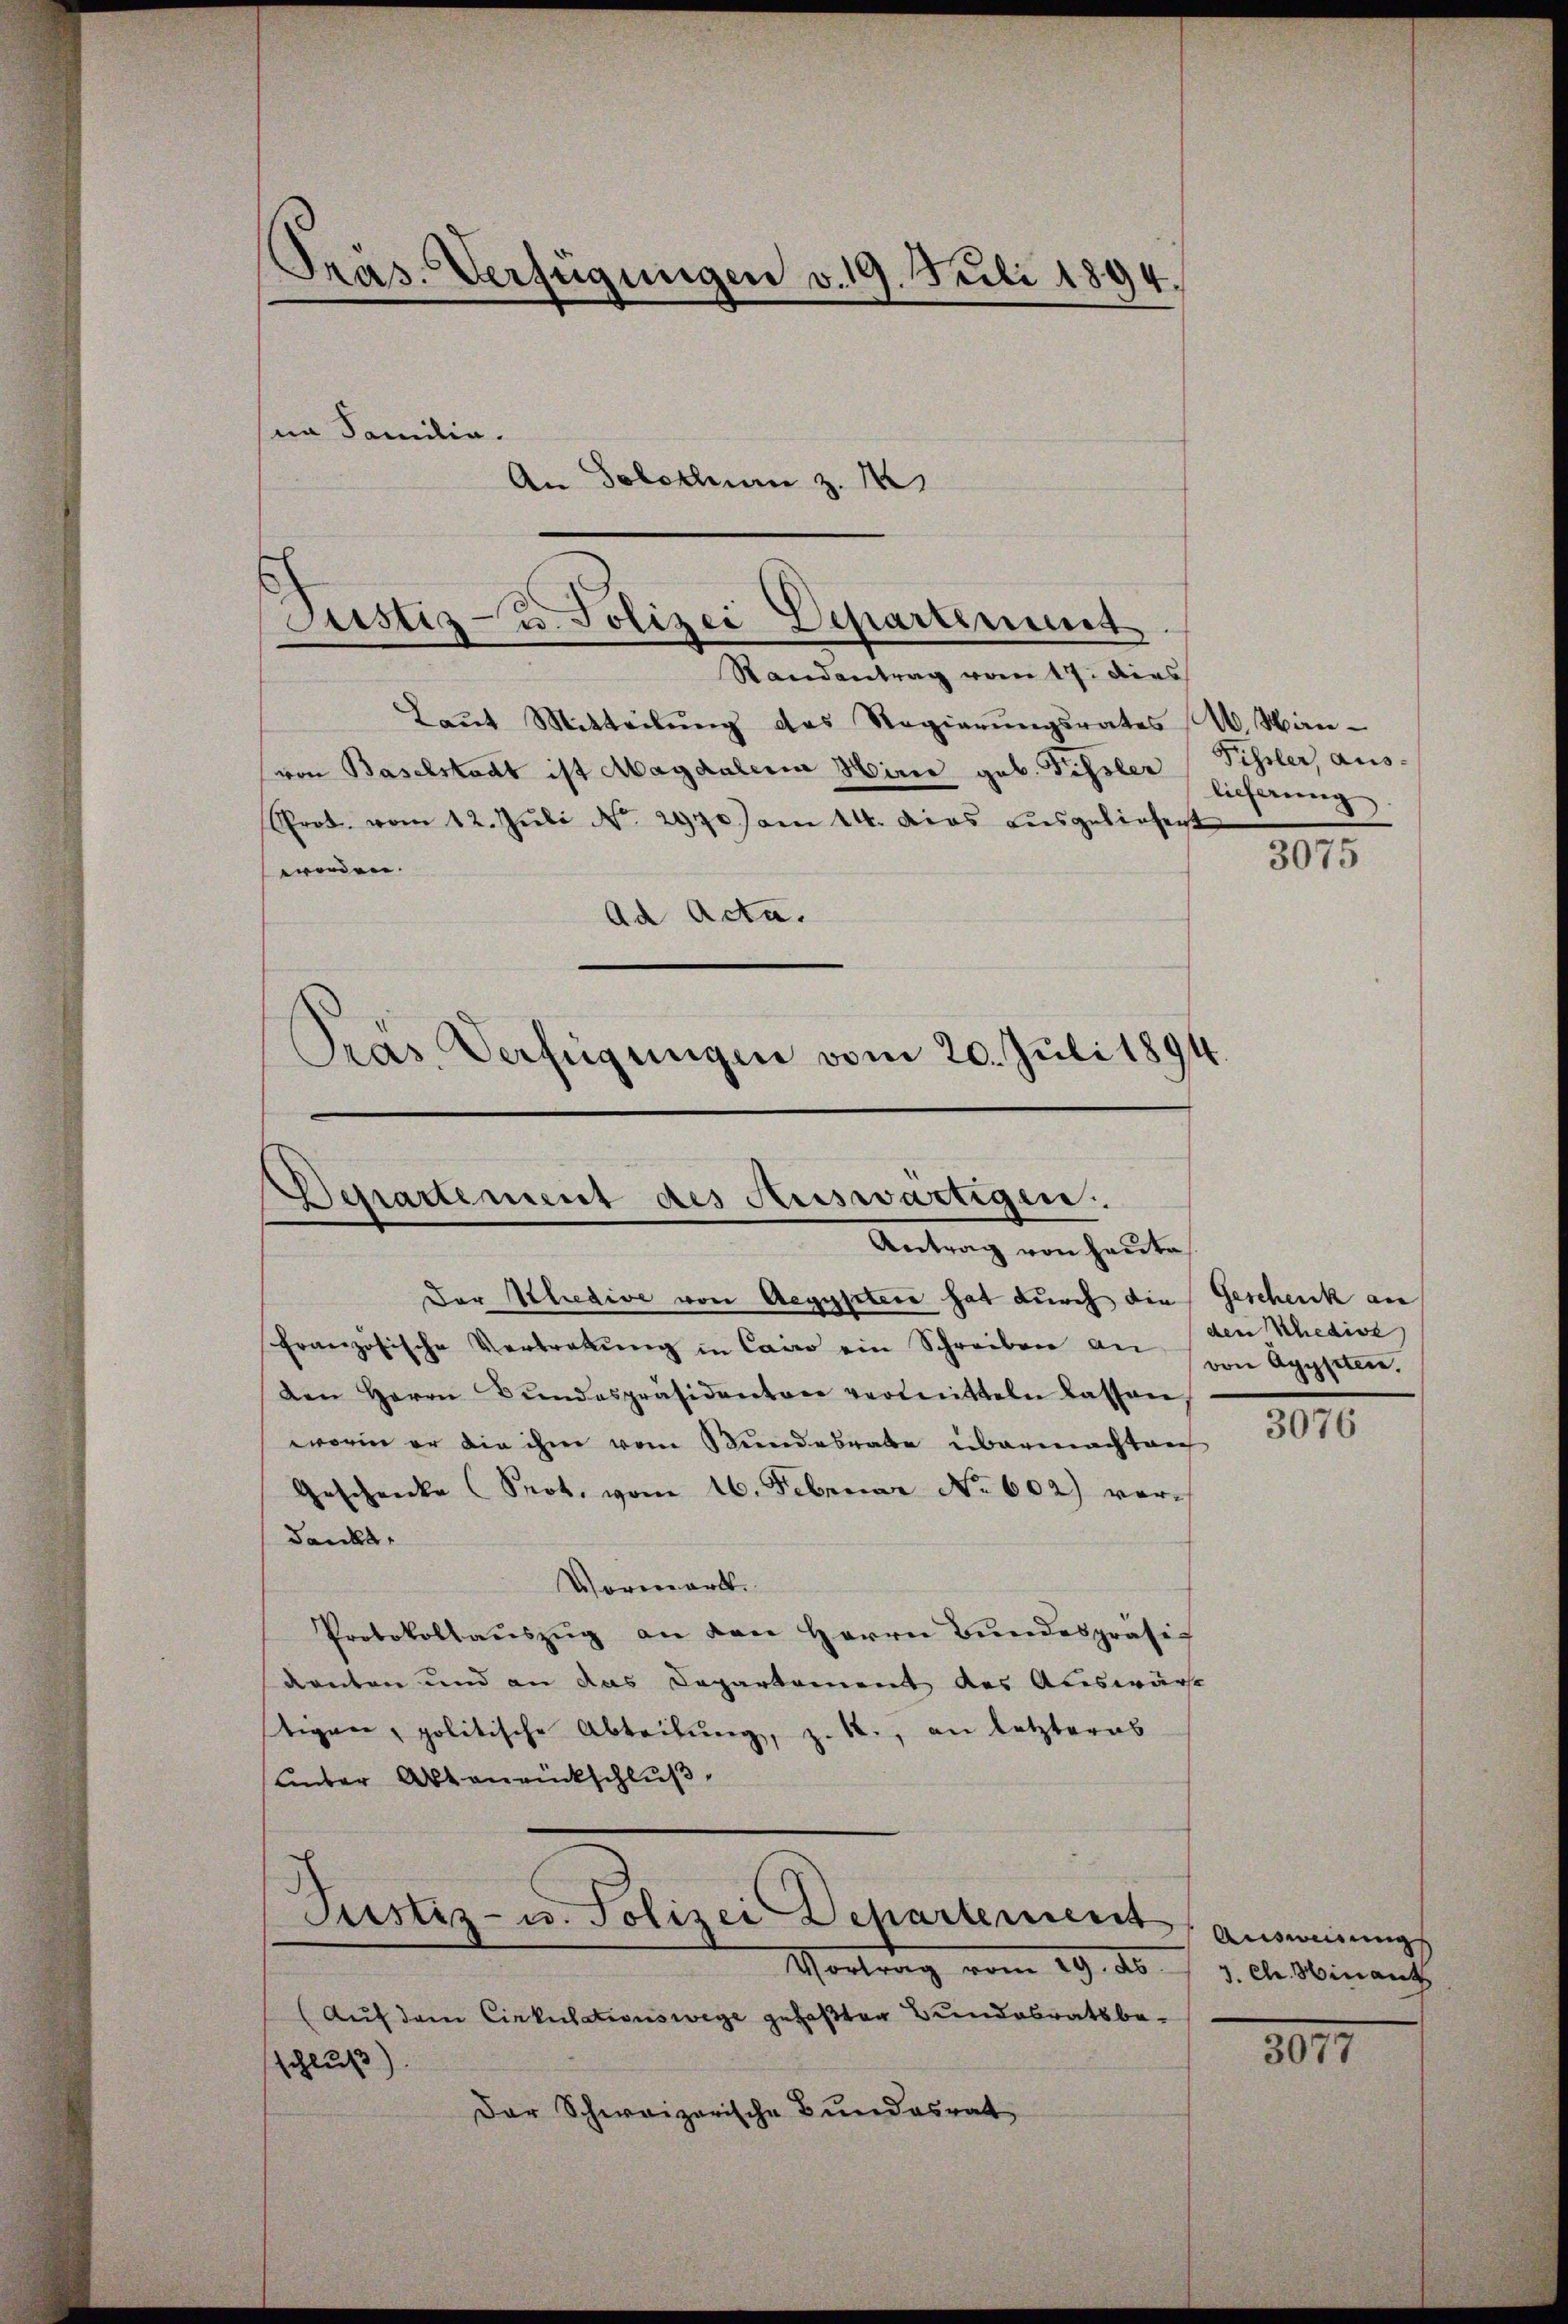
Präs. Verfügungen v. 19. Juli 1894.
sin Familia.

An Solothurn z. 14

Justiz- u. Polizei Departement

Randantrag vom 17. dies
Laŭt Mitteilŭng des Regierŭngsrates N. Man-
von Baselstadt ist Magdalena Hirie geb. Fissler
Prot. vom 12. Jŭli No. 2970) am 14. das ausgeliehent
worden.
Ad Acta.
Pras Verfügungen vom 20. Juli 1894

Aerartement des Auswärtigen:
Antrag von heute

Der Schedive von Aegyptere hat durch die Geschenk an
französische Vertretŭng in Cairo ein Schreiben an den Schedive
den Herrn Bŭndespräsidenten vermitteln lassen,
worin er die ihm vom Bundesrate übermachten
Geschenke Prot. vom 16. Februar No. 602) vordanka
Vorwart.
Protokollaŭszŭg an den Herrn Bŭndespräsi
denten und an das Capartement des Auswärt
stigen, politische Abteilung, z. R., an letzteres
unter Aktenrückschluß,
Justiz- u. Polizei Departement
Vortrag vom 29. d. 7. d. d. Hinauf
(Auf dem Cirkulationswege gefaßten Bundesratsbeschluß)
Der Schweizerische Bundesrat

Fissler, aus-
lieferung
3075

von Agypten.

3076

Ausweisung

2077